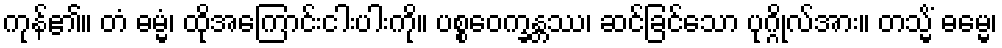
ကုန်၏။ တံ ဓမ္မံ၊ ထိုအကြောင်းငါးပါးကို။ ပစ္စဝေက္ခန္တဿ၊ ဆင်ခြင်သော ပုဂ္ဂိုလ်အား။ တသ္မိံ ဓမ္မေ၊